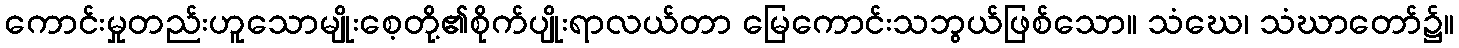
ကောင်းမှုတည်းဟူသောမျိုးစေ့တို့၏စိုက်ပျိုးရာလယ်တာ မြေကောင်းသဘွယ်ဖြစ်သော။ သံဃေ၊ သံဃာတော်၌။